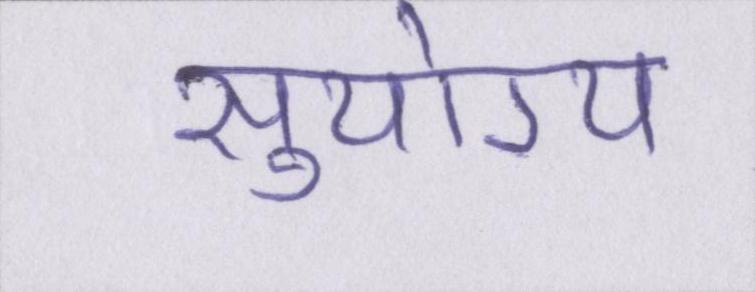
सुयोग्य